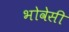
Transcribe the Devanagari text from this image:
भोवेसी